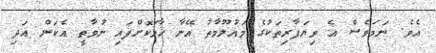
އެވެ. ނަމަވެސް އެ ވިޔަފާރިތަކުގެ މައުލޫމާތު އޭނާ ހާމަކޮށްފައި ނުވާތީ އެކަން އަދި